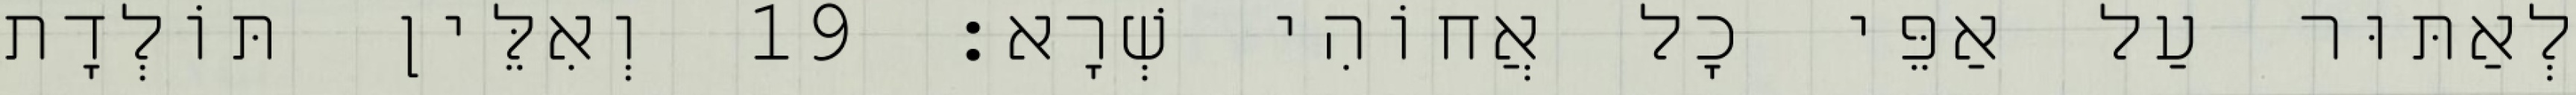
לְאַתּוּר עַל אַפֵּי כָל אֲחוֹהִי שְׁרָא׃ 19 וְאִלֵּין תּוֹלְדָת